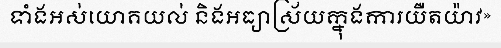
ទាំងអស់យោគយល់ និងអធ្យាស្រ័យក្នុងការយឺតយ៉ាវ»